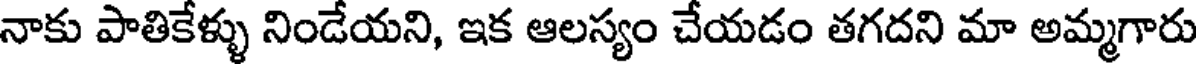
నాకు పాతికేళ్ళు నిండేయని, ఇక ఆలస్యం చేయడం తగదని మా అమ్మగారు